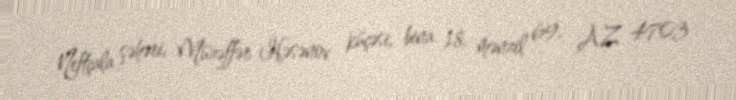
Neftçala şəhəri, Müzəffər Həsənov küçəsi, bina 18, mənzil 69, AZ 4703